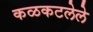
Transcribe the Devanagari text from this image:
कळकटलेले